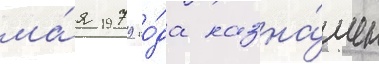
ма́я 1979 го́да назна́чен